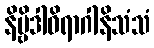
နိဗ္ဗိဒါဝိရာဂါနိသံသံ